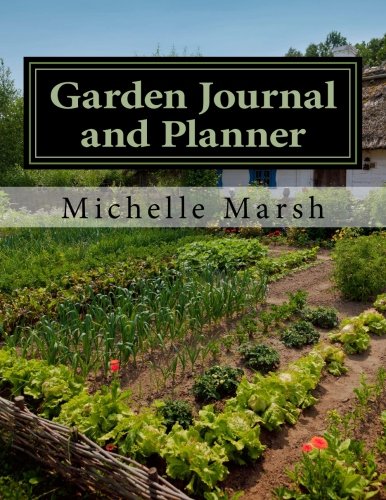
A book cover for Garden Journal and Planner: Your Garden Records, Thoughts, Plans, and Pictures -- Complete In One Package; Michelle Marsh; Self-Help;